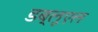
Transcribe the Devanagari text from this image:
डब्लूएल